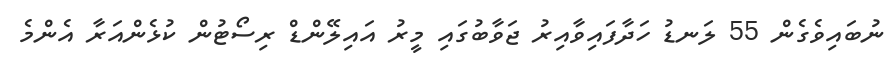
ނުބައިވެގެން 55 ލަނޑު ހަދާފައިވާއިރު ޖަވާބުގައި މީރު އައިލޭންޑް ރިސޯޓުން ކުޅެންއަރާ އެންމެ